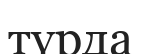
түрда